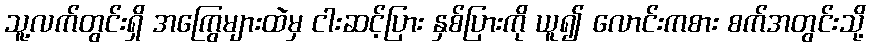
သူ့လက်တွင်းရှိ အကြွေများထဲမှ ငါးဆင့်ပြား နှစ်ပြားကို ယူ၍ လောင်းကစား စက်အတွင်းသို့